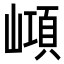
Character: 𡼔